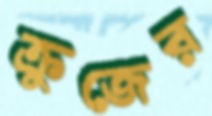
ক্রুজের